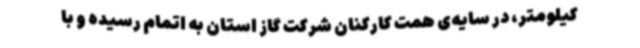
کیلومتر، در سایه‌ی همت کارکنان شرکت گاز استان به اتمام رسیده و با